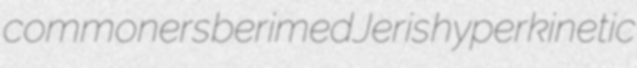
commoners berimed Jeris hyperkinetic